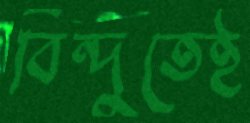
বিন্দুতেই